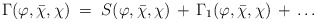
\begin{align*}\Gamma(\varphi,{\bar\chi},\chi) \;=\; S(\varphi,{\bar\chi},\chi)\,+\, \Gamma_1(\varphi,{\bar\chi},\chi) \,+\,\ldots\end{align*}